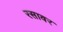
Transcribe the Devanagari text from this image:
रसावर